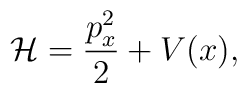
\mathcal{H} = \frac{p_{x}^{2}}{2} + V(x),